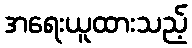
အရေးယူထားသည့်